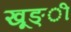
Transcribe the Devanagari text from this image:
खूङ्ी